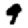
Digit: 9